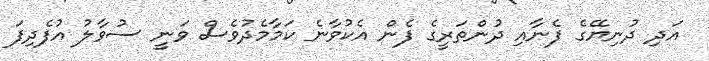
އަދި ދުނިޔޭގެ ފެނާއި ދުންތަރީގެ ފެން އެކުވާނެ ކަމާމެދުވެސް ވަނީ ސުވާލު އުފެދިފަ